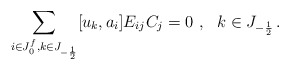
\begin{align*}\sum_{i\in J_0^f,k\in J_{-\frac12}}[u_k,a_i]E_{ij}C_j=0\,\,,\,\,\,\,k\in J_{-\frac12}\,.\end{align*}